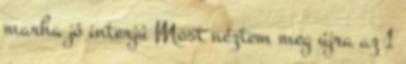
marha jó interjú Most néztem meg újra az 1